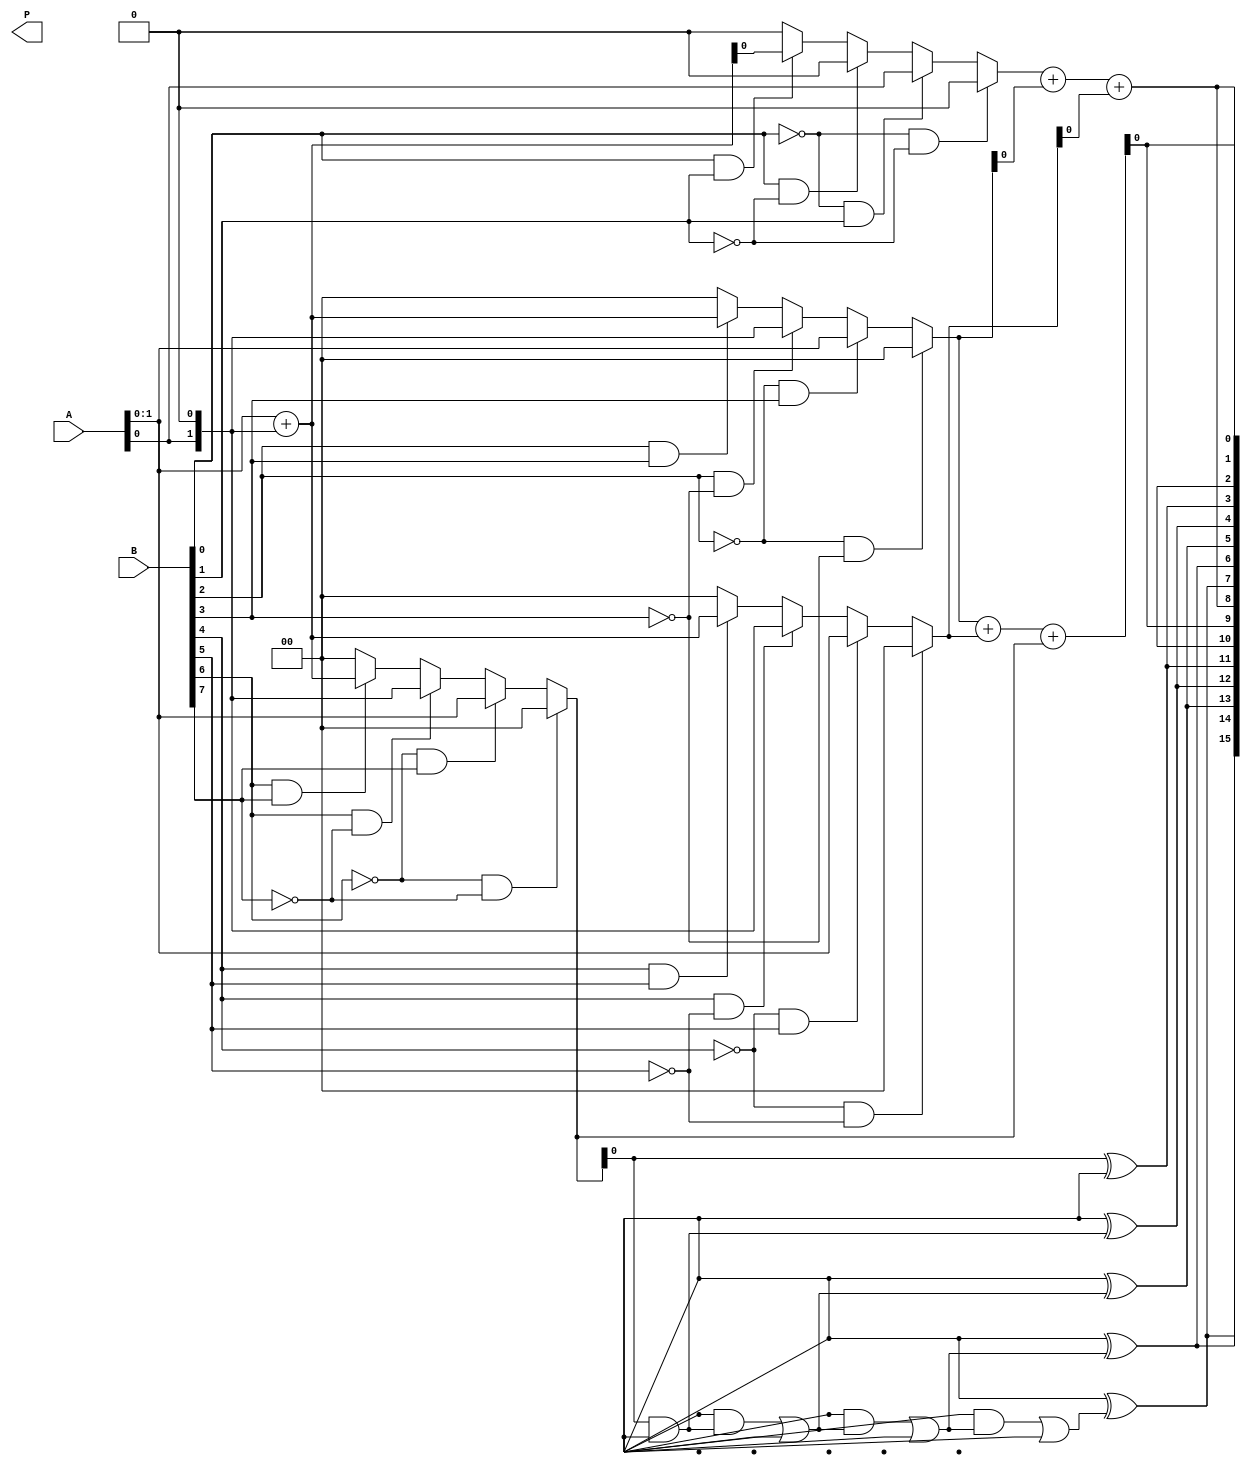
module radix4_wallace_multiplier #(parameter N = 8) (
    input  [N-1:0] A, // Multiplicand
    input  [N-1:0] B, // Multiplier
    output [2*N-1:0] P // Product
);

    // Partial product generation
    wire [N-1:0] pp [0:N/2-1]; // Partial products
    wire [N-1:0] pp_shifted [0:N/2-1];

    genvar i;
    generate
        for (i = 0; i < N/2; i = i + 1) begin : partial_product_gen
            assign pp[i] = (B[2*i] == 1'b0 && B[2*i+1] == 1'b0) ? 0 :
                           (B[2*i] == 1'b0 && B[2*i+1] == 1'b1) ? A :
                           (B[2*i] == 1'b1 && B[2*i+1] == 1'b0) ? (A << 1) :
                           (B[2*i] == 1'b1 && B[2*i+1] == 1'b1) ? (A + (A << 1)) : 0;
        end
    endgenerate

    // Wallace tree reduction
    wire [N+1:0] sum [0:N/2-1]; // Intermediate sums
    wire [N/2-1:0] carry; // Carry bits

    // Stage 1: Grouping and reducing
    generate
        for (i = 0; i < N/2; i = i + 1) begin : reduction_stage
            if (i < N/2 - 1) begin
                // Full adder for three inputs
                assign {carry[i], sum[i]} = pp[i] + pp[i+1] + (i < N/2 - 1 ? pp[i+2] : 0);
            end else begin
                assign sum[i] = pp[i];
                assign carry[i] = 0;
            end
        end
    endgenerate

    // Final addition
    wire [2*N-1:0] final_sum;
    wire [2*N-1:0] final_carry;

    assign final_sum[0] = sum[0][0];
    assign final_carry[0] = carry[0];

    generate
        for (i = 1; i < N; i = i + 1) begin : final_addition
            assign final_sum[i] = sum[i][0] ^ final_carry[i-1];
            assign final_carry[i] = (sum[i][0] & final_carry[i-1]) | (sum[i][1] & carry[i]);
        end
    endgenerate

    // Final product output
    assign P = {final_carry[N-1], final_sum[N-1:0], final_sum[N-1:0]};

endmodule